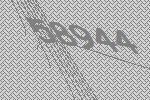
58944